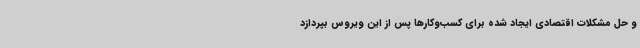
و حل مشکلات اقتصادی ایجاد شده برای کسب‌وکارها پس از این ویروس بپردازد